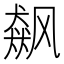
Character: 飙